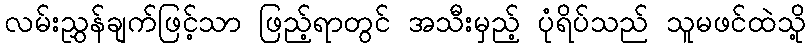
လမ်းညွှန်ချက်ဖြင့်သာ ဖြည့်ရာတွင် အသီးမှည့် ပုံရိပ်သည် သူမဖင်ထဲသို့